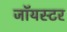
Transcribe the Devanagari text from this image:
जॉयस्टर